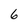
Character: 6